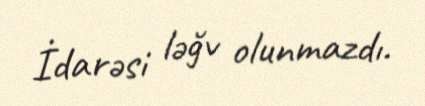
İdarəsi ləğv olunmazdı.